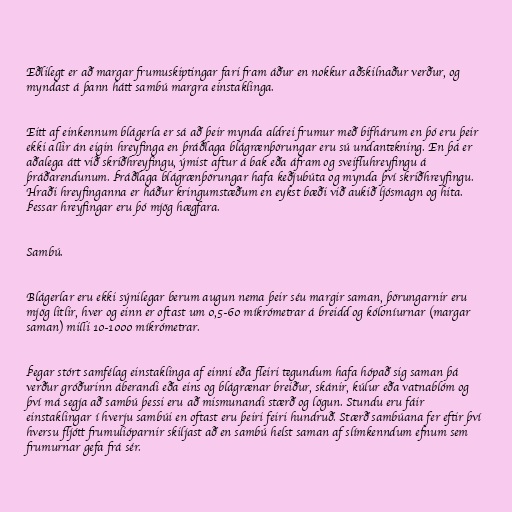
Eðlilegt er að margar frumuskiptingar fari fram áður en nokkur aðskilnaður verður, og
myndast á þann hátt sambú margra einstaklinga.

Eitt af einkennum blágerla er sá að þeir mynda aldrei frumur með bifhárum en þó eru þeir
ekki allir án eigin hreyfinga en þráðlaga blágrænþörungar eru sú undantekning. En þá er
aðalega átt við skriðhreyfingu, ýmist aftur á bak eða áfram og sveifluhreyfingu á
þráðarendunum. Þráðlaga blágrænþörungar hafa keðjubúta og mynda því skriðhreyfingu.
Hraði hreyfinganna er háður kringumstæðum en eykst bæði við aukið ljósmagn og hita.
Þessar hreyfingar eru þó mjög hægfara.

Sambú.

Blágerlar eru ekki sýnilegar berum augun nema þeir séu margir saman, þörungarnir eru
mjög litlir, hver og einn er oftast um 0,5-60 míkrómetrar á breidd og kóloníurnar (margar
saman) milli 10-1000 míkrómetrar.

Þegar stórt samfélag einstaklinga af einni eða fleiri tegundum hafa hópað sig saman þá
verður gróðurinn áberandi eða eins og blágrænar breiður, skánir, kúlur eða vatnablóm og
því má segja að sambú þessi eru að mismunandi stærð og lögun. Stundu eru fáir
einstaklingar í hverju sambúi en oftast eru þeiri feiri hundruð. Stærð sambúana fer eftir því
hversu fljótt frumulióparnir skiljast að en sambú helst saman af slímkenndum efnum sem
frumurnar gefa frá sér.